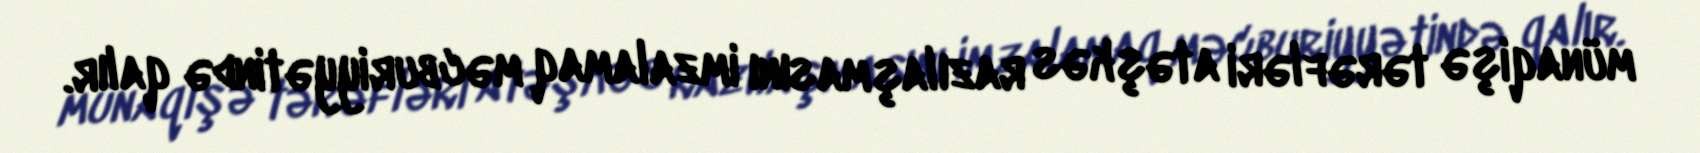
münaqişə tərəfləri atəşkəs razılaşmasını imzalamaq məcburiyyətində qalır.